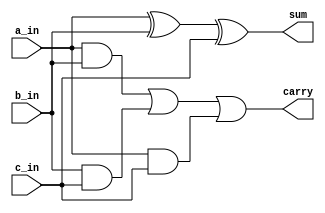
module Fa(input a_in, b_in, c_in, output sum, carry);
  assign sum = a_in ^ b_in ^ c_in;
  assign carry = (a_in & b_in) | (b_in & c_in) | (a_in & c_in);
endmodule